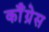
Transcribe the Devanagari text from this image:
कॉँंग्रेस